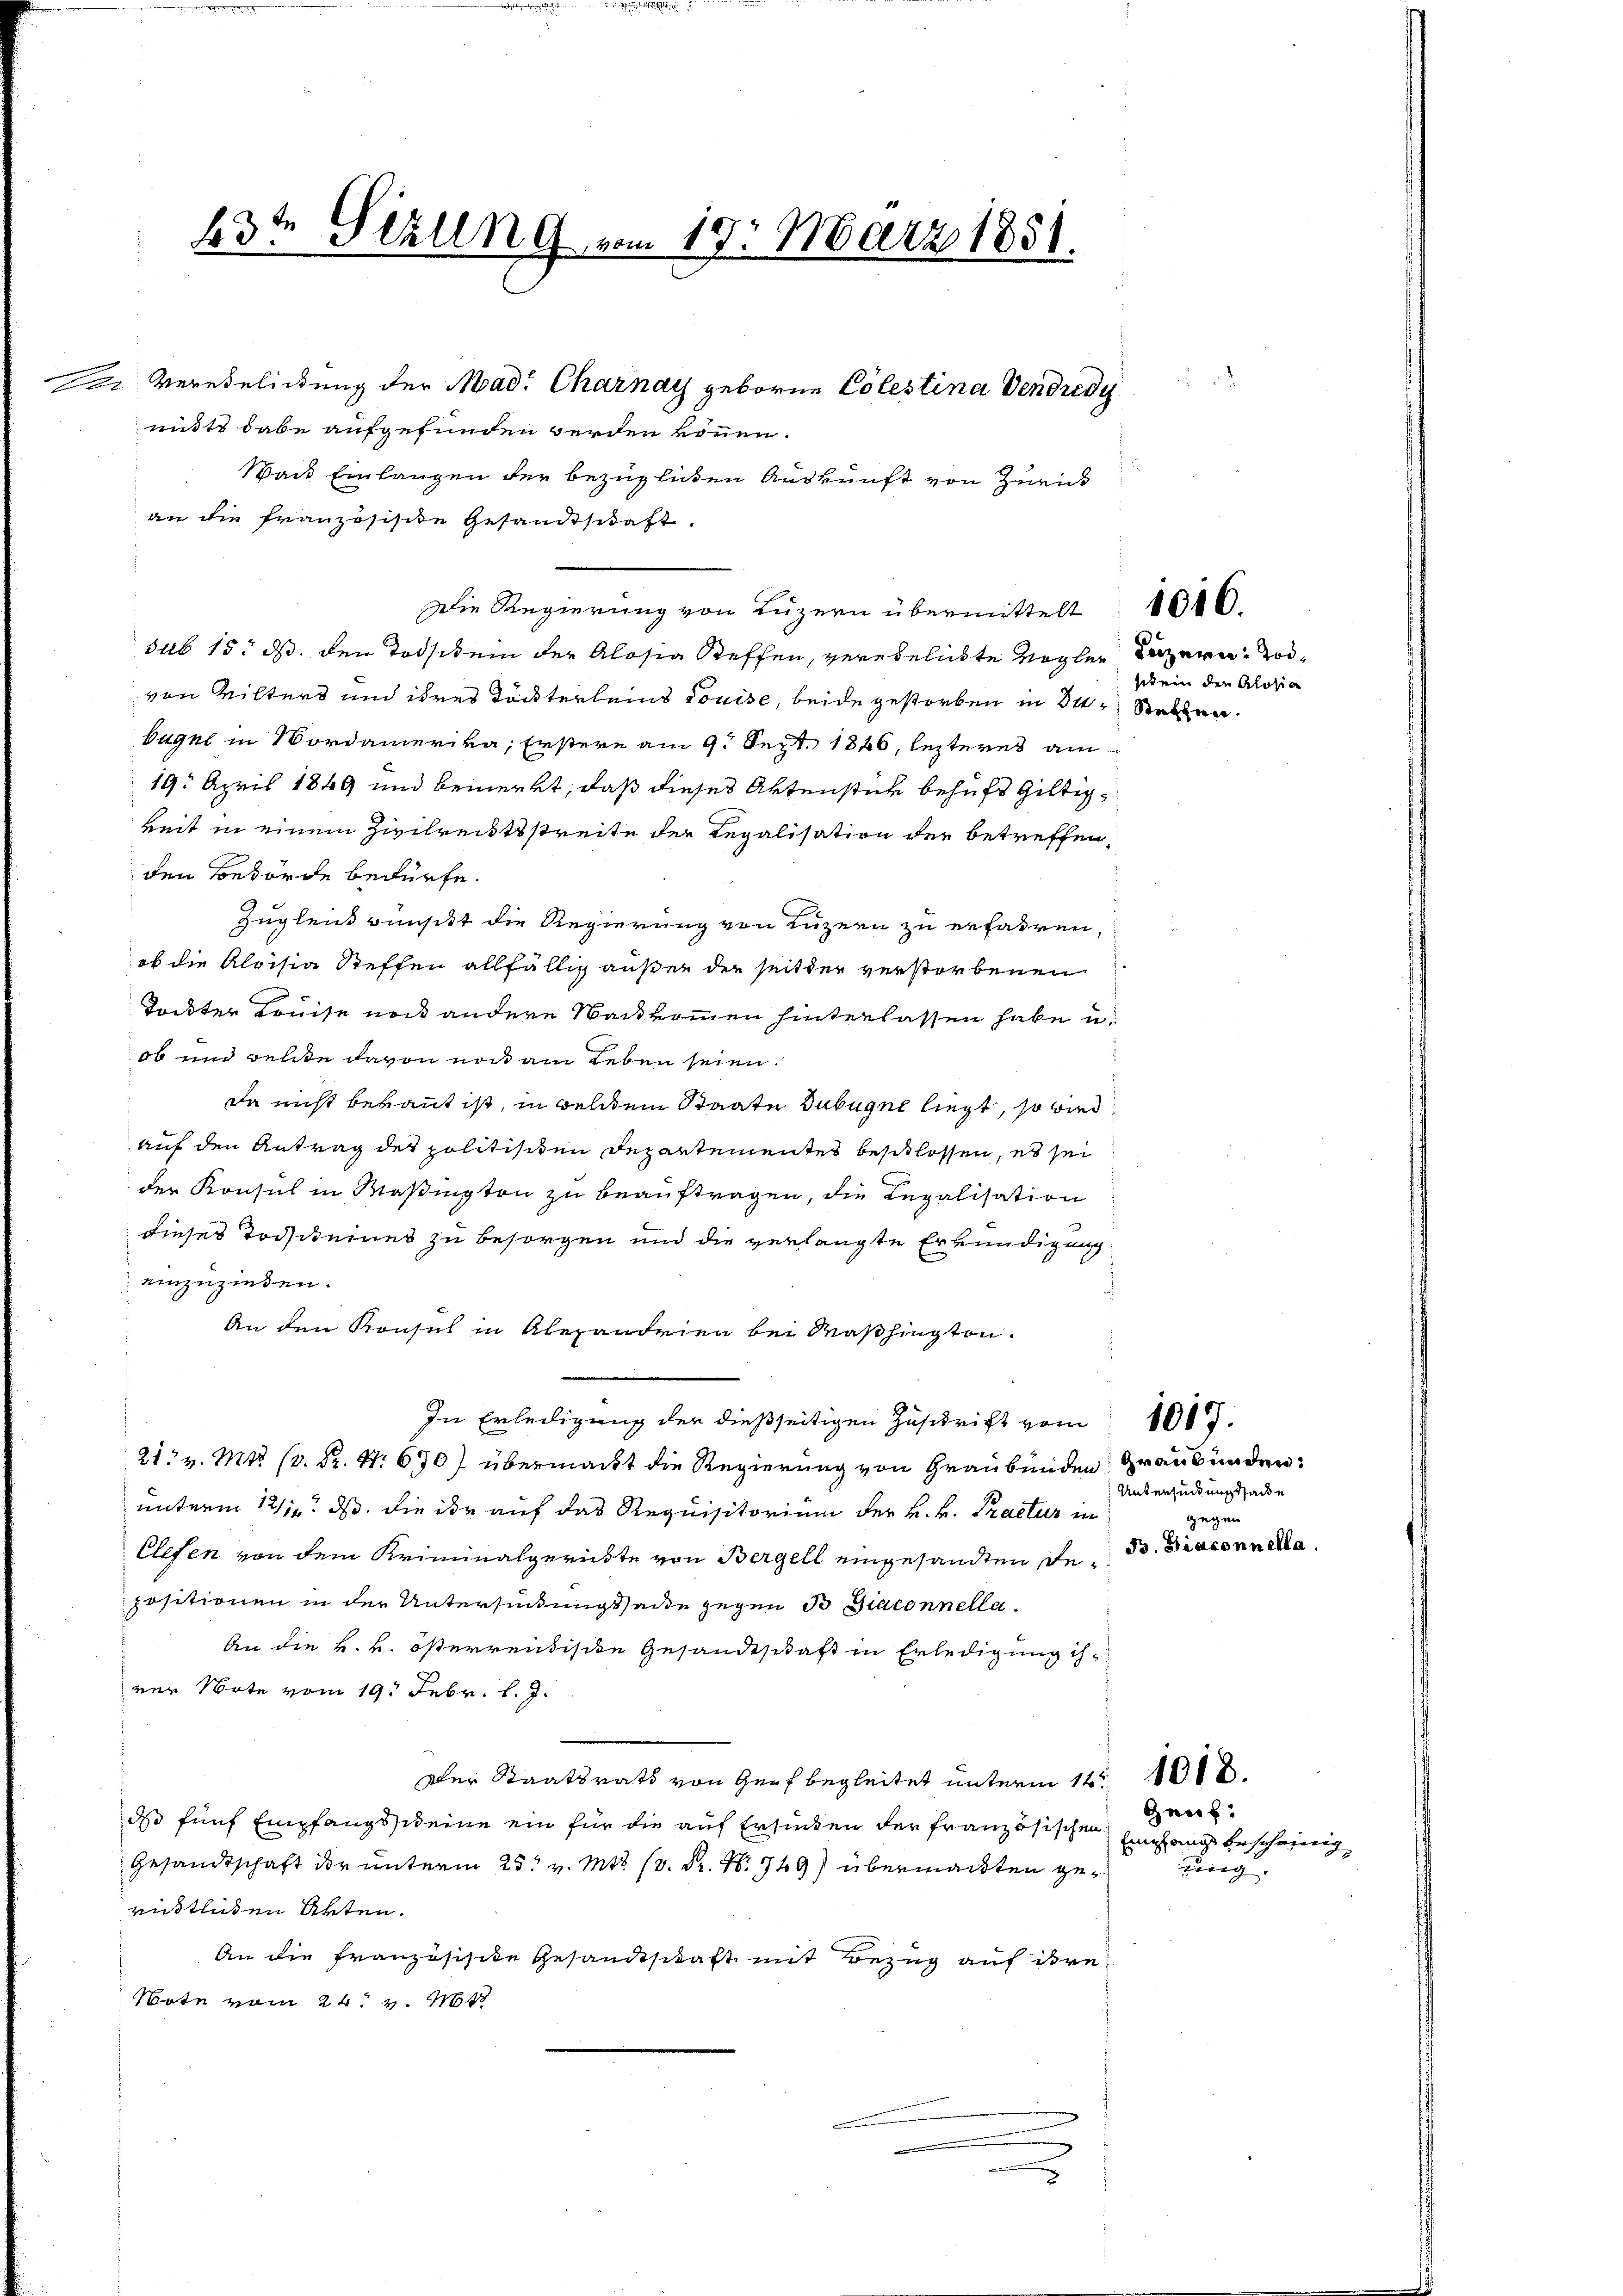
e

63te Sekung vom 19. März 1851.
 Verehelichung der Mad. Charnay geboren Colestina vendredi
mitte dabe aufgefunden werden können.
Wai Einlangen der bezüglichen Auskunft von Zürick

an die französisite Gesandtschaft.
Die Regierung von Luzern übermittelt
sub 15. ds. den Todstein der Alosia Steffen, verehelichte Vögler
von Wilters und ihres Töchterleins Louise, beide gestorben in 34 Stechen.
kugel in Nordamerika, Erstere am 9. Sept. 1826, lezteres am
19. April 1849 und bemerkt, daß dieses Aktenster behufs Giltigkeit in einem Zivilreitsstreite der Regalisation der betreffen,
den Behörde bedürfe.
Zugleich wünscht die Regierung von Luzern zu erfahren,
ob die Aloisia Steffen allfällig außer der seitder verstorbenen
Tockter Louise noch andere Nackkommen hinterlassen habe u.
ob und welte davon noch am Leben seien.
da nicht berant ist, in welchem Staate Bubugne liegt, so wied
auf den Antrag der politischen Departementes beschlossen, es sei
der Konsul in Maßington zu beauftragen, die Legalisation
dieses Todscheines zu besorgen und die verlangte Erkundigung
einzuziehen.
An den Konsul in Alexandrien bei Washington.
In Erledigung der dießseitigen Zuschrift vom 100.
21. v. Mts. (s. S. Nr. 670) übermacht die Regierung von Graubünden Graubünden:
unterm 12/12. ds. die der auf das Requisitorium der k. k. Practur in
Elefen von dem Kriminalgerichte von Bergell eingesandten Repositionen in der Unterhindungssade gegen B Diaconnella¬
An die k. k. österrendische Gesandtschaft in Erledigung ihver Note vom 19. Febr. l. J.
Der Staatsrath von Genf begleitet unterm 12. 1818.
ds fünf Empfangs eine ein für die auf Erfinden der französischen Eingang bescheinig
Gesandtschaft der unterm 25. v. Mts. (v. Fr. N. 749) übermachten gerüstlichen Akten.
An die Französische Gesandtschaft mit Bezug auf ihre
Note vom 24. v. Mts

Luzern: Todsit ein den Alosig

Untersuchungshande
gegen
B. Giaconnella.

Gauf:

1016.

uung. |